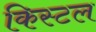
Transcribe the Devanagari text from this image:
किस्टल